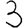
Digit: 3